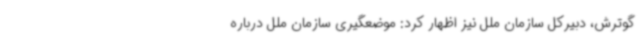
گوترش، دبیرکل سازمان ملل نیز اظهار کرد: موضعگیری سازمان ملل درباره